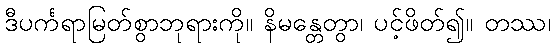
ဒီပင်္ကရာမြတ်စွာဘုရားကို။ နိမန္တေတွာ၊ ပင့်ဖိတ်၍။ တဿ၊